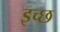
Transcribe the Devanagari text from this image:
इच्छ